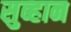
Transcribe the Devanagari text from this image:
सुब्हान